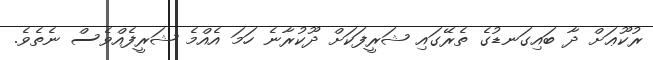
ރުކޫޢަށް ދާ ބައިގަނޑުގެ ތެރޭގައި ޝަރީފަކަށް ދޫކުރާނެ ހަމަ އެއްމެ ޝަރީފެއްވެސް ނެތެވެ.